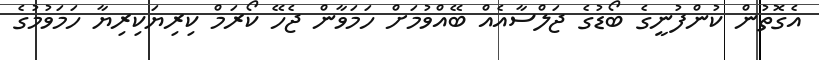
އެގޮތުން ކުންފުނީގެ ބޯޑުގެ ޖަލްސާއެއް ބޭއްވުމަށް ހަމަވާން ޖެހޭ ކޯރަމް ކިރިޔަކިރިޔާ ހަމަވުމުގެ